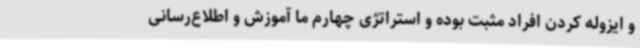
و ایزوله کردن افراد مثبت بوده و استراتژی چهارم ما آموزش و اطلاع‌رسانی